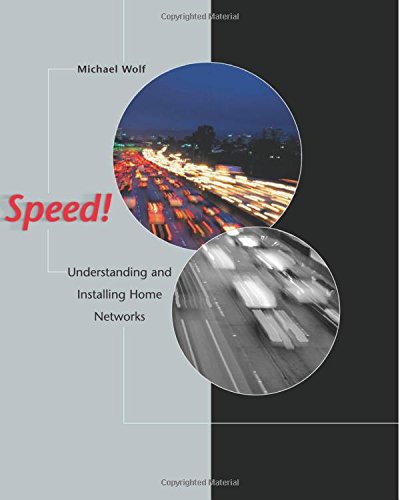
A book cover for Speed!: Understanding and Installing Home Networks; Michael Wolf; Computers & Technology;